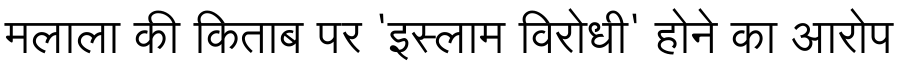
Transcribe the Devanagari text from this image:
मलाला की किताब पर 'इस्लाम विरोधी' होने का आरोप